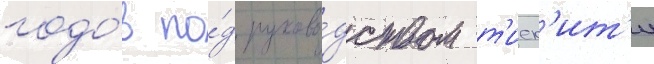
годо́в по́д руково́дством т'иек'ит'и